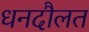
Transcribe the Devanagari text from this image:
धनदौलत